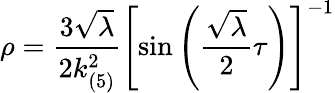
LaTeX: \rho=\frac{3\sqrt{\lambda}}{2k_{(5)}^{2}}\left[\sin\left(\frac{\sqrt{\lambda}}{2}\tau\right)\right]^{-1}